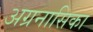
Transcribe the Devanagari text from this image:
अग्रनासिका